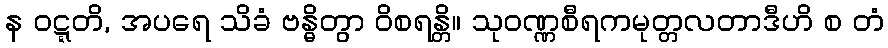
န ဝဋ္ဋတိ, အပရေ သိခံ ဗန္ဓိတွာ ဝိစရန္တိ။ သုဝဏ္ဏစီရကမုတ္တလတာဒီဟိ စ တံ